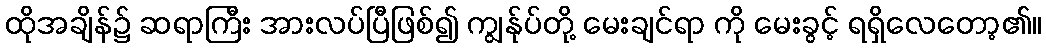
ထိုအချိန်၌ ဆရာကြီး အားလပ်ပြီဖြစ်၍ ကျွန်ုပ်တို့ မေးချင်ရာ ကို မေးခွင့် ရရှိလေတော့၏။